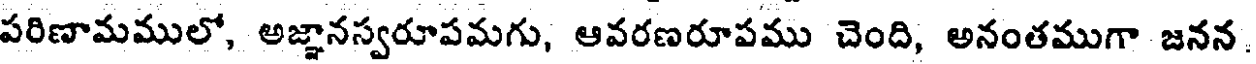
పరిణామములో, అజ్ఞానస్వరూపమగు, ఆవరణరూపము చెంది, అనంతముగా జనన